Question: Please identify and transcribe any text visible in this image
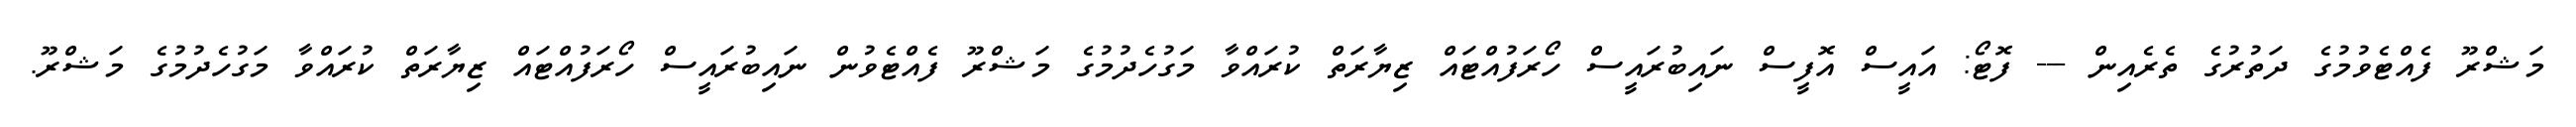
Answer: މަޝްރޫ ފެއްޓެވުމުގެ ދަތުރުގެ ތެރެއިން --- ފޮޓޯ: އައީސް އޮފީސް ނައިބުރައީސް ހޯރަފުއްޓައް ޒިޔާރަތް ކުރައްވާ މަގުހެދުމުގެ މަޝްރޫ ފެއްޓެވުން ނައިބުރައީސް ހޯރަފުއްޓައް ޒިޔާރަތް ކުރައްވާ މަގުހެދުމުގެ މަޝްރޫ.